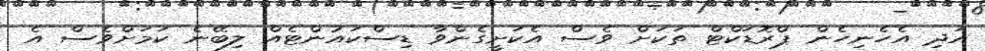
އަދި އެހެނިހެން ޕްރޮޑަކްޓް ތަކަށް ވެސް އެކަށީގެންވާ ޑިސްކައުންޓެއް ލިބޭނެ ކަމަށްވެސް އެ